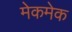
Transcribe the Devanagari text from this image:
मेकमेक